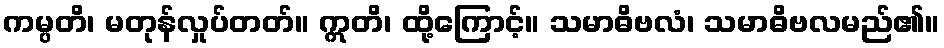
ကမ္ပတိ၊ မတုန်လှုပ်တတ်။ ဣတိ၊ ထို့ကြောင့်။ သမာဓိဗလံ၊ သမာဓိဗလမည်၏။